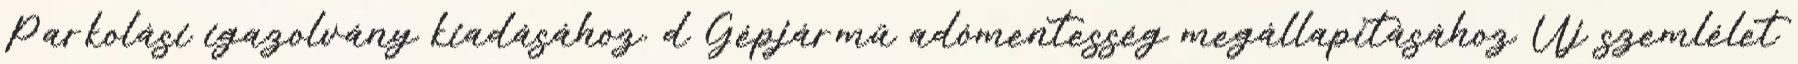
Parkolási igazolvány kiadásához. d Gépjármű adómentesség megállapításához Új szemlélet